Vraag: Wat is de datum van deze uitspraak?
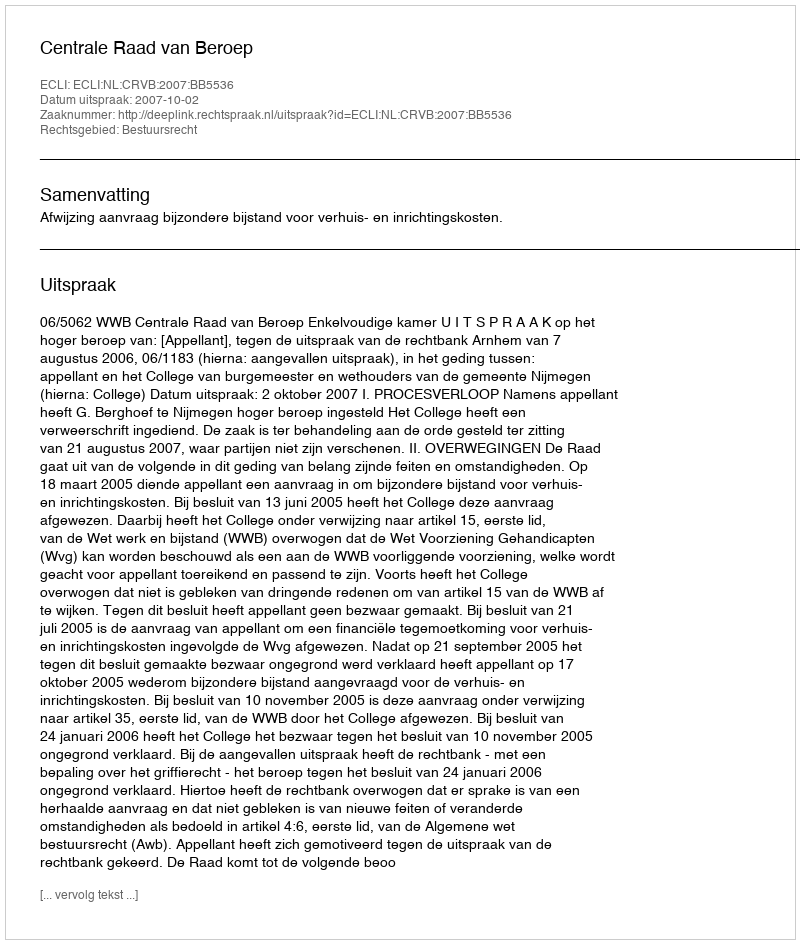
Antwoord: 2007-10-02